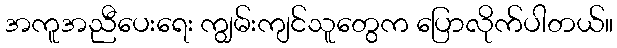
အကူအညီပေးရေး ကျွမ်းကျင်သူတွေက ပြောလိုက်ပါတယ်။